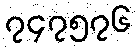
၇၄၇၅၇၆